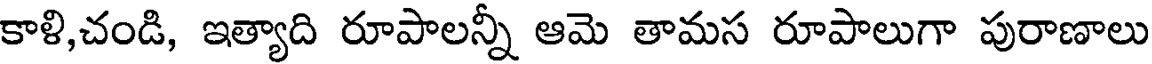
కాళి,చండి, ఇత్యాది రూపాలన్నీ ఆమె తామస రూపాలుగా పురాణాలు